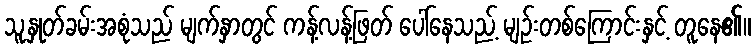
သူ့နှုတ်ခမ်းအစုံသည် မျက်နှာတွင် ကန့်လန့်ဖြတ် ပေါ်နေသည့် မျဉ်းတစ်ကြောင်းနှင့် တူနေ၏။